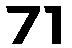
71